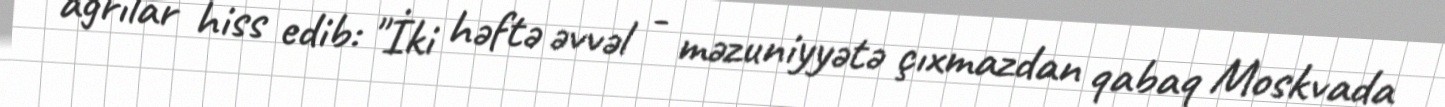
ağrılar hiss edib: "İki həftə əvvəl - məzuniyyətə çıxmazdan qabaq Moskvada